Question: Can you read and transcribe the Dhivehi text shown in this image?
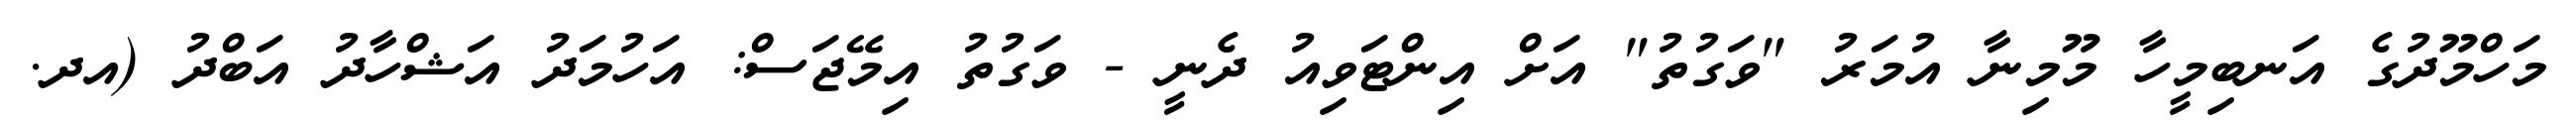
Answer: މަހްމޫދުގެ އަނބިމީހާ މޫމިނާ އުމަރު "ވަގުތު" އަށް އިންޓަވިއު ދެނީ - ވަގުތު އިމޭޖަސް: އަހުމަދު އަޝްހާދު އަބްދު (އދ.